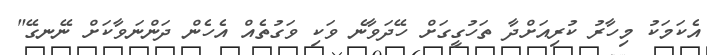
އެކަމަކު މިހާރު ކުރިއަށްދާ ތަހުގީގަށް ހޭދަވާނެ ވަކި ވަގުތެއް އެހެން ދަންނަވާކަށް ނޭނގޭ"